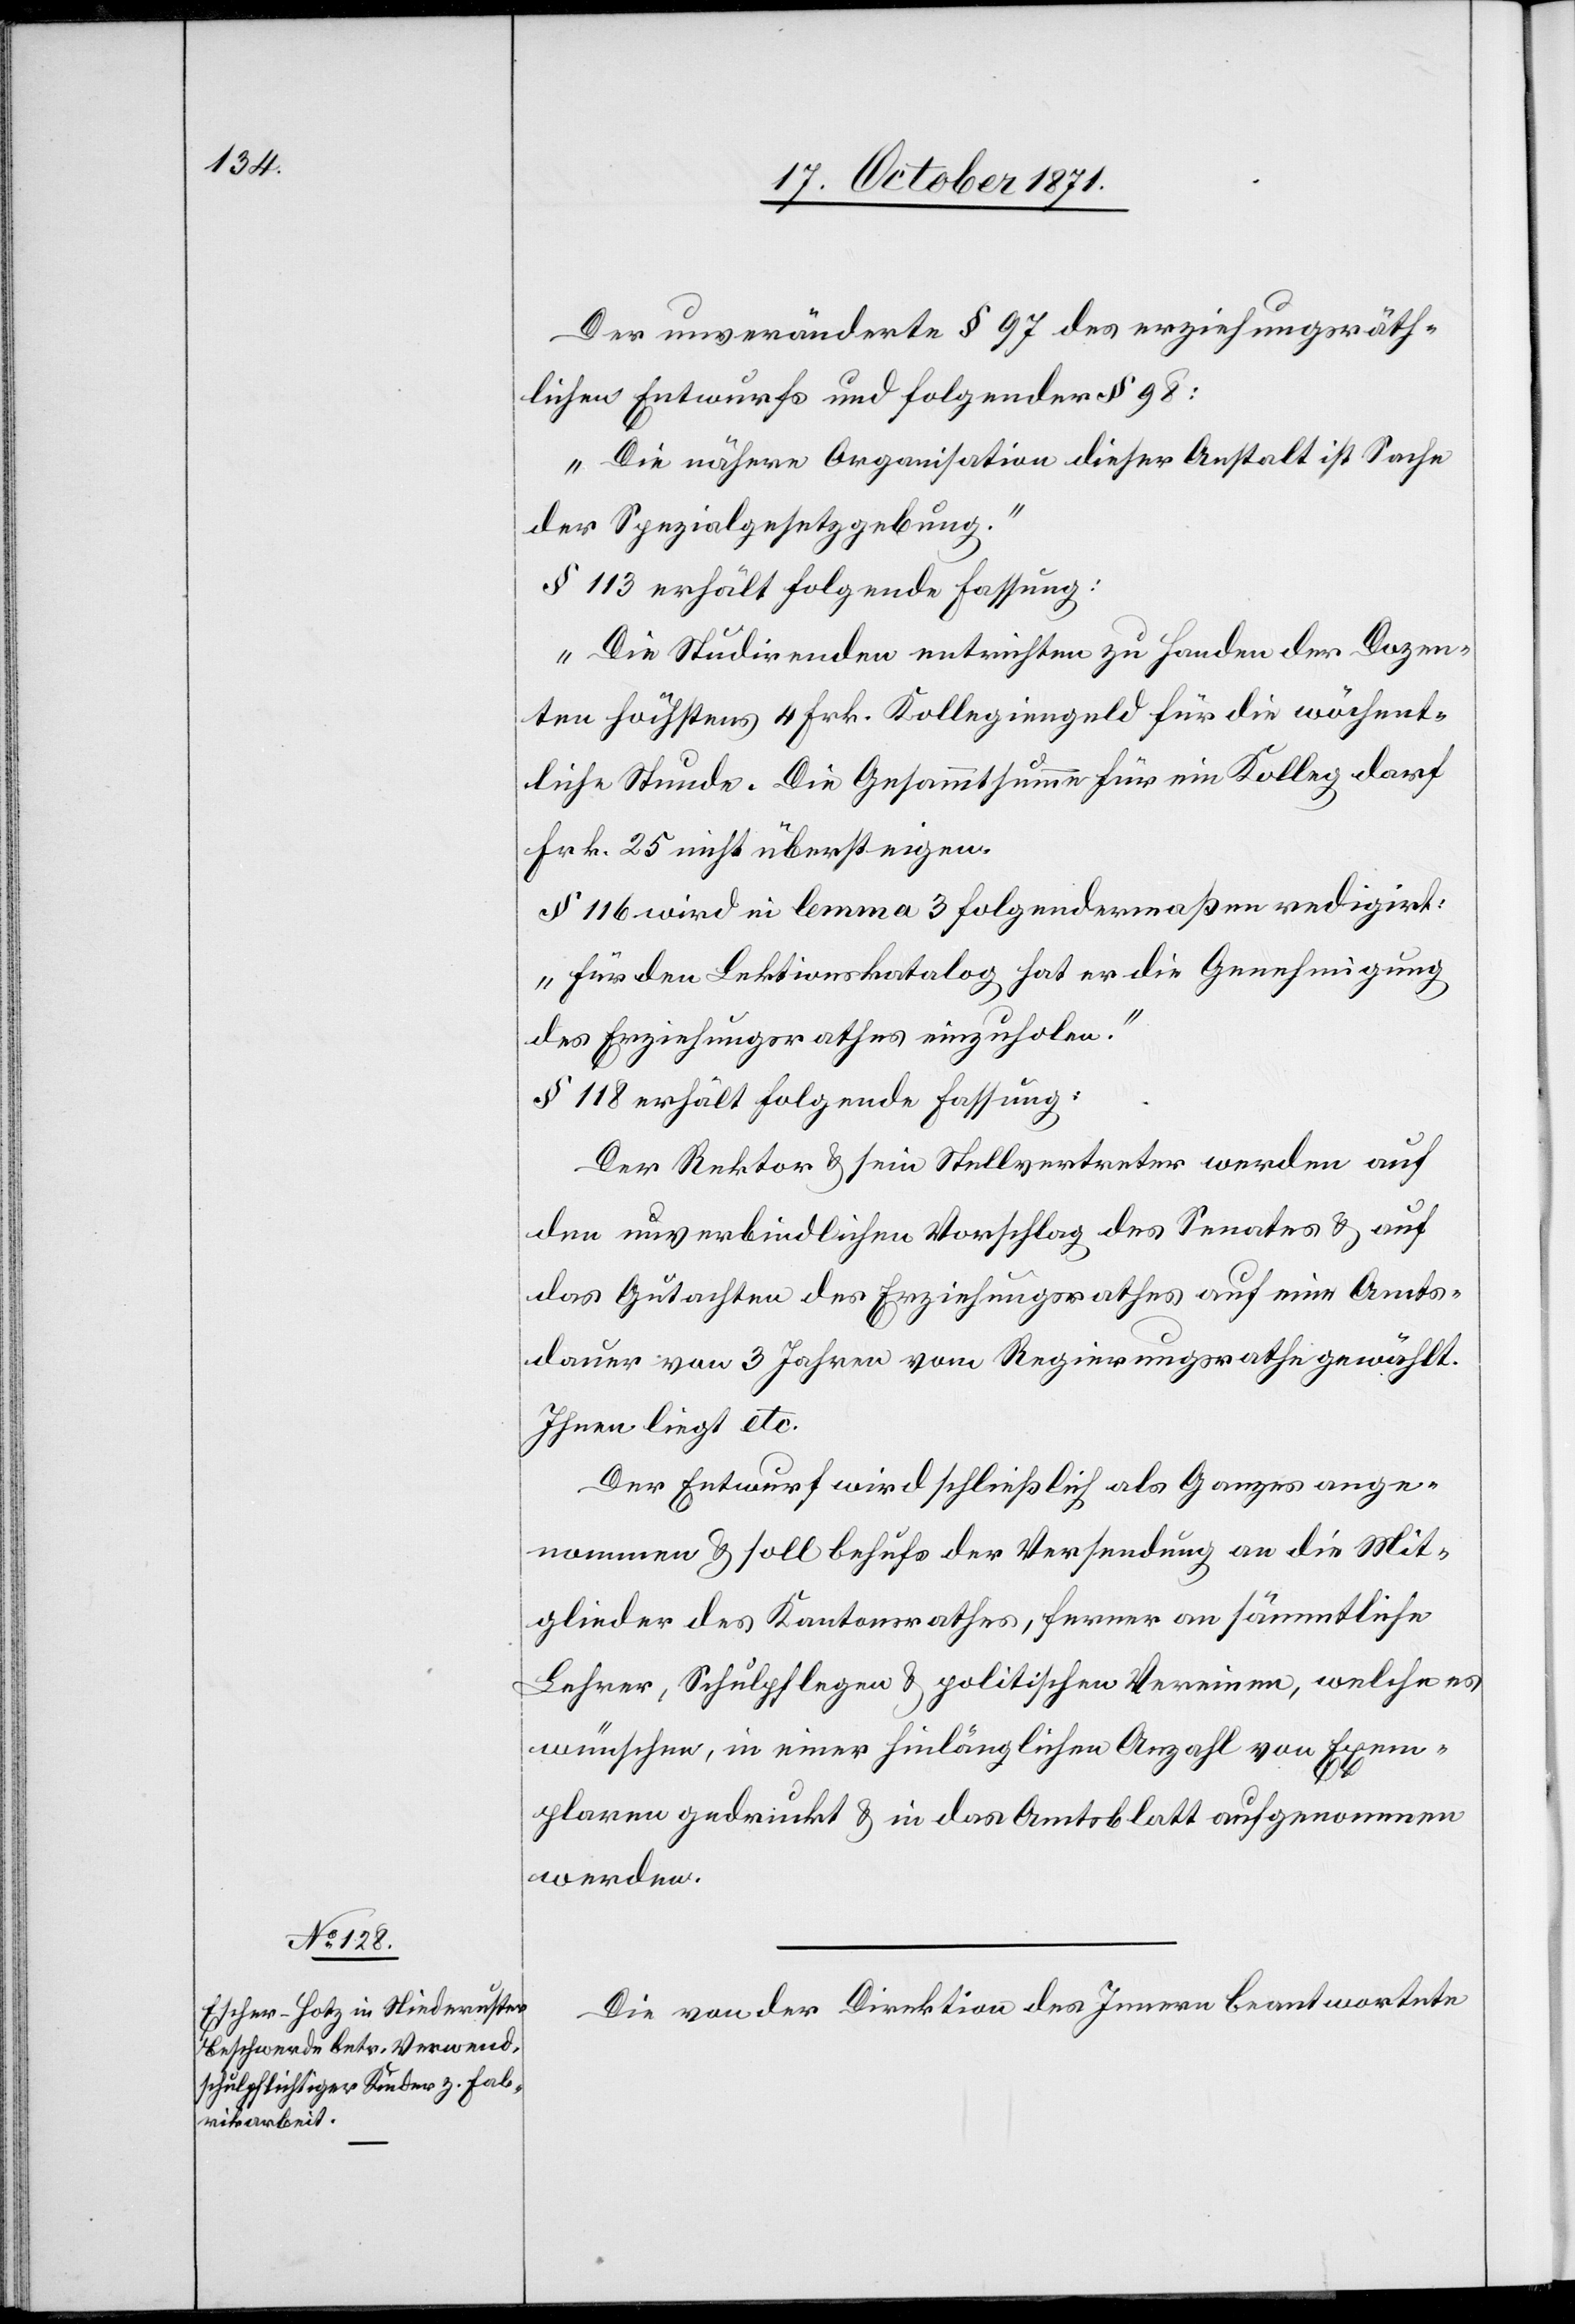
Der unveränderte § 97 des erziehungsräth¬
lichen Entwurfs und folgender § 98:
„Die nähere Organisation dieser Anstalt ist Sache
der Spezialgesetzgebung.“
§ 113 erhält folgende Fassung:
„Die Studirenden entrichten zu Handen der Dozen¬
ten höchstens 4 Frk. Kollegiengeld für die wöchent¬
liche Stunde. Die Gesammtsumme für ein Kolleg darf
Frk. 25 nicht übersteigen.
§ 116 wird in lemma 3 folgendermaßen redigirt:
„Für den Lektionskatalog hat er die Genehmigung
des Erziehungsrathes einzuholen.“
§ 118 erhält folgende Fassung:
Der Rektor & sein Stellvertreter werden auf
den unverbindlichen Vorschlag des Senates & auf
das Gutachten des Erziehungsrathes auf eine Amts¬
dauer von 3 Jahren vom Regierungsrathe gewählt.
Ihnen liegt etc.
Der Entwurf wird schließlich als Ganzes ange¬
nommen & soll behufs der Versendung an die Mit¬
glieder des Kantonsrathes, ferner an sämmtliche
Lehrer, Schulpflegen & politischen Vereinen, welche es
wünschen, in einer hinlänglichen Anzahl von Exem¬
plaren gedruckt & in das Amtsblatt aufgenommen
werden.
Die von der Direktion des Innern beantwortete